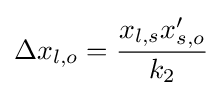
\Delta x_{l,o}={\frac {x_{l,s}x'_{s,o}}{k_{2}}}